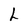
Character: L